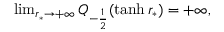
\begin{array} { r } { \operatorname* { l i m } _ { r _ { * } \to + \infty } Q _ { - \frac { 1 } { 2 } } ( \operatorname { t a n h } r _ { * } ) = + \infty , } \end{array}